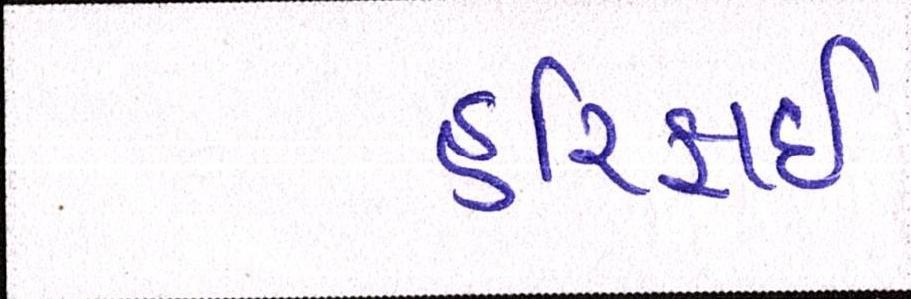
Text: હરિફાઇ